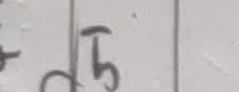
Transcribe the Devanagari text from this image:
५